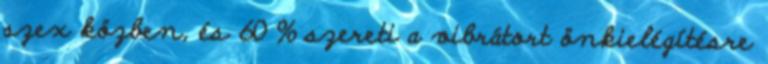
szex közben, és 60 % szereti a vibrátort önkielégítésre